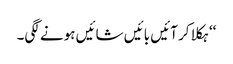
‘‘ ہکلا کر آئیں بائیں شائیں ہونے لگی۔